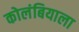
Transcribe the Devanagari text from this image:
कोलंबियाला